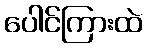
ပေါင်ကြားထဲ